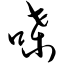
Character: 嗓